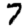
Digit: 7